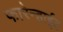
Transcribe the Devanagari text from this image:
फारेन्हाईट